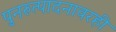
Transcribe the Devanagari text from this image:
पुनरुत्पादनावरही